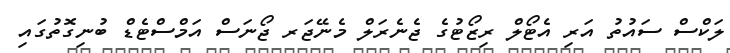
ލަކްސް ސައުތު އަރި އެޓޯލް ރިޒޯޓުގެ ޖެނެރަލް މެނޭޖަރ ޖޯނަސް އަމްސްޓެޑް ބުނިގޮތުގައި